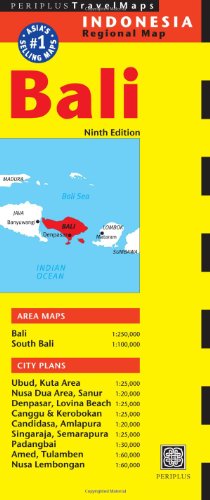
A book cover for Bali Travel Map Ninth Edition (Periplus Travel Maps); Travel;